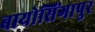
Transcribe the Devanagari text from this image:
बायोसिंगापुर